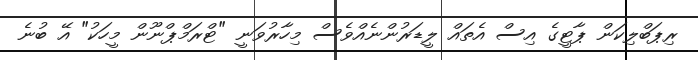
ރިޕަބްލިކަން ޕާޓީގެ އިސް އެތައް ލީޑަރުންނެއްވެސް މިހާރުވަނީ "ޓްރަމްޕްނޫން މީހަކު" އޭ ބުނެ